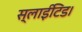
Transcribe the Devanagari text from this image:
स्लाईटिड।